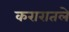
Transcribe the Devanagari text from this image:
करारातले